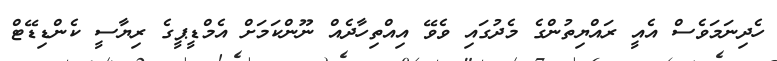
ހެދިނަމަވެސް އެއީ ރައްޔިތުންގެ މެދުގައި ވެވޭ އިއްތިހާދެއް ނޫންކަމަށް އެމްޑީޕީގެ ރިޔާސީ ކެންޑިޑޭޓް